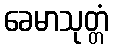
ခေမာသုတ္တံ